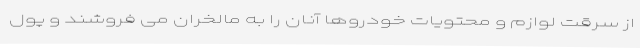
از سرقت لوازم و محتویات خودروها آنان را به مالخران می فروشند و پول